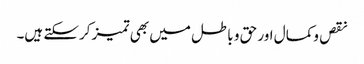
نقص وکمال اور حق و باطل میں بھی تمیز کرسکتے ہیں۔